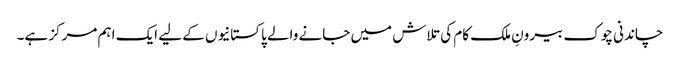
چاندنی چوک بیرونِ ملک کام کی تلاش میں جانے والے پاکستانیوں کے لیے ایک اہم مرکز ہے۔